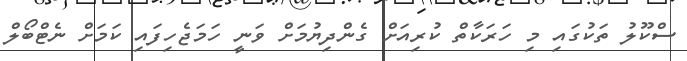
ސްކޫލު ތަކުގައި މި ހަރަކާތް ކުރިއަށް ގެންދިޔުމަށް ވަނީ ހަމަޖެހިފައި ކަމަށް ނެޓްބޯލް